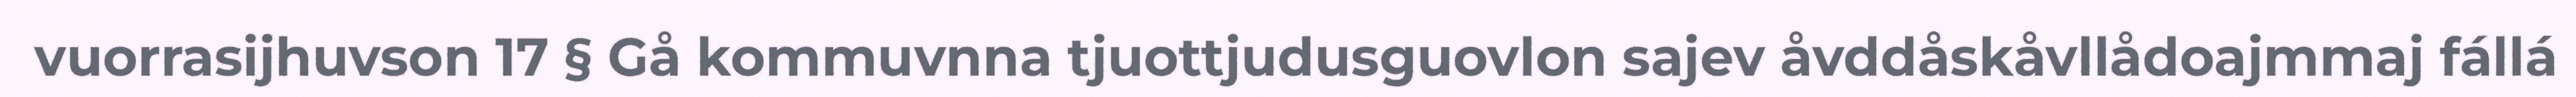
vuorrasijhuvson 17 § Gå kommuvnna tjuottjudusguovlon sajev åvddåskåvllådoajmmaj fállá